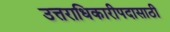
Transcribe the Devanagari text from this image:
उत्तराधिकारीपदासाठी